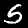
Label: 5